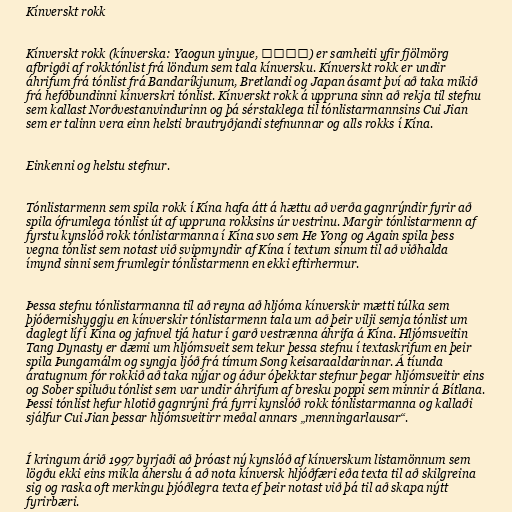
Kínverskt rokk

Kínverskt rokk (kínverska: Yaogun yinyue, 摇滚音乐) er samheiti yfir fjölmörg
afbrigði af rokktónlist frá löndum sem tala kínversku. Kínverskt rokk er undir
áhrifum frá tónlist frá Bandaríkjunum, Bretlandi og Japan ásamt því að taka mikið
frá hefðbundinni kínverskri tónlist. Kínverskt rokk á uppruna sinn að rekja til stefnu
sem kallast Norðvestanvindurinn og þá sérstaklega til tónlistarmannsins Cui Jian
sem er talinn vera einn helsti brautryðjandi stefnunnar og alls rokks í Kína.

Einkenni og helstu stefnur.

Tónlistarmenn sem spila rokk í Kína hafa átt á hættu að verða gagnrýndir fyrir að
spila ófrumlega tónlist út af uppruna rokksins úr vestrinu. Margir tónlistarmenn af
fyrstu kynslóð rokk tónlistarmanna í Kína svo sem He Yong og Again spila þess
vegna tónlist sem notast við svipmyndir af Kína í textum sínum til að viðhalda
ímynd sinni sem frumlegir tónlistarmenn en ekki eftirhermur.

Þessa stefnu tónlistarmanna til að reyna að hljóma kínverskir mætti túlka sem
þjóðernishyggju en kínverskir tónlistarmenn tala um að þeir vilji semja tónlist um
daglegt líf í Kína og jafnvel tjá hatur í garð vestrænna áhrifa á Kína. Hljómsveitin
Tang Dynasty er dæmi um hljómsveit sem tekur þessa stefnu í textaskrifum en þeir
spila Þungamálm og syngja ljóð frá tímum Song keisaraaldarinnar. Á tíunda
áratugnum fór rokkið að taka nýjar og áður óþekktar stefnur þegar hljómsveitir eins
og Sober spiluðu tónlist sem var undir áhrifum af bresku poppi sem minnir á Bítlana.
Þessi tónlist hefur hlotið gagnrýni frá fyrri kynslóð rokk tónlistarmanna og kallaði
sjálfur Cui Jian þessar hljómsveitirr meðal annars „menningarlausar“.

Í kringum árið 1997 byrjaði að þróast ný kynslóð af kínverskum listamönnum sem
lögðu ekki eins mikla áherslu á að nota kínversk hljóðfæri eða texta til að skilgreina
sig og raska oft merkingu þjóðlegra texta ef þeir notast við þá til að skapa nýtt
fyrirbæri.